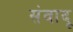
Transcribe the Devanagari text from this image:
संवादू